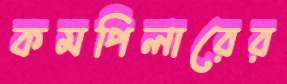
কমপিলারের